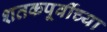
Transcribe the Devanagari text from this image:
शतकपूर्वीच्या